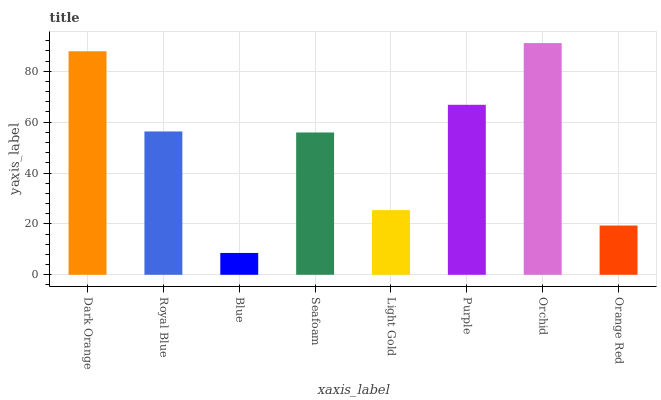
| xaxis_label | bars |
 | --- | --- |
 | Dark Orange | 87.9 |
 | Royal Blue | 56.3 |
 | Blue | 8.59 |
 | Seafoam | 55.9 |
 | Light Gold | 25.4 |
 | Purple | 66.8 |
 | Orchid | 91.1 |
 | Orange Red | 19.4 |